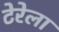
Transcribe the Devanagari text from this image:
टेरेला